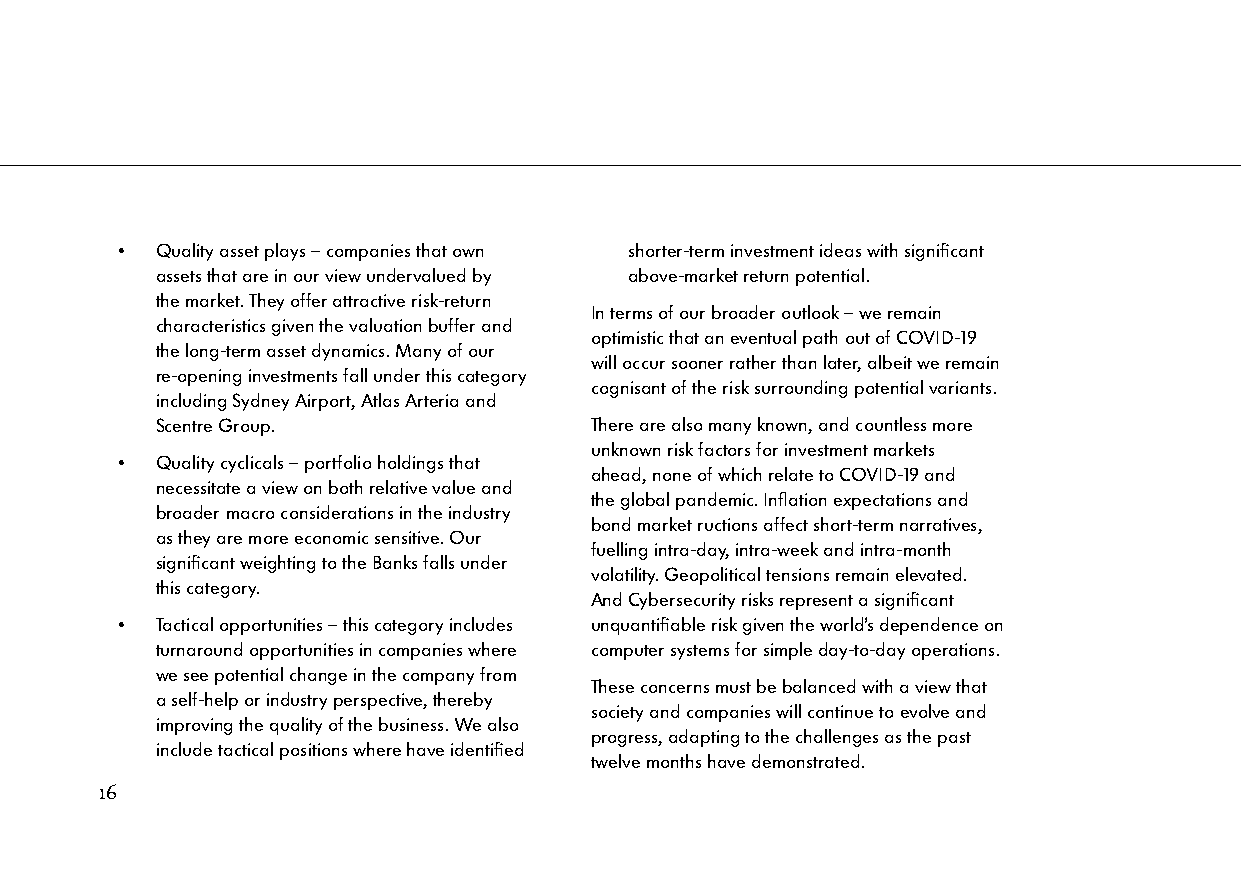
• Quality asset plays – companies that own shorter-term investment ideas with significant
 assets that are in our view undervalued by above-market return potential.
 the market. They offer attractive risk-return
 In terms of our broader outlook – we remain
 characteristics given the valuation buffer and
 optimistic that an eventual path out of COVID-19
 the long-term asset dynamics. Many of our
 will occur sooner rather than later, albeit we remain
 re-opening investments fall under this category
 cognisant of the risk surrounding potential variants.
 including Sydney Airport, Atlas Arteria and
 Scentre Group.               There are also many known, and countless more
 unknown risk factors for investment markets
 • Quality cyclicals – portfolio holdings that
 ahead, none of which relate to COVID-19 and
 necessitate a view on both relative value and
 the global pandemic. Inflation expectations and
 broader macro considerations in the industry
 bond market ructions affect short-term narratives,
 as they are more economic sensitive. Our
 fuelling intra-day, intra-week and intra-month
 significant weighting to the Banks falls under
 volatility. Geopolitical tensions remain elevated.
 this category.
 And Cybersecurity risks represent a significant
 • Tactical opportunities – this category includes unquantifiable risk given the world’s dependence on
 turnaround opportunities in companies where computer systems for simple day-to-day operations.
 we see potential change in the company from
 These concerns must be balanced with a view that
 a self-help or industry perspective, thereby
 society and companies will continue to evolve and
 improving the quality of the business. We also
 progress, adapting to the challenges as the past
 include tactical positions where have identified
 twelve months have demonstrated.
 16